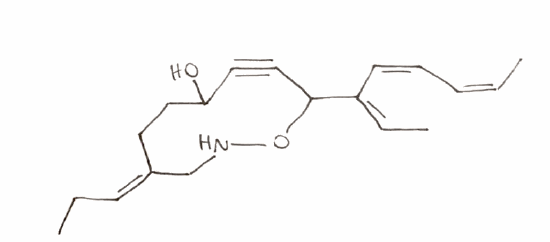
Simplified molecular-input line-entry system (SMILES) notation of the given molecule:
CC/C=C/1\CCC(C#CC(ONC1)/C(=C/C)/C=C\C=C/C)O